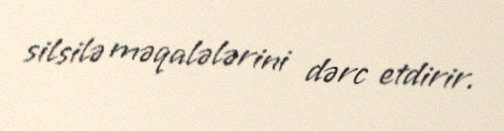
silsilə məqalələrini dərc etdirir.